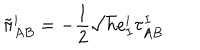
\tilde { \pi } _ { A B } ^ { i } = - \frac { 1 } { 2 } \sqrt { h } e _ { I } ^ { i } \tau _ { A B } ^ { I }